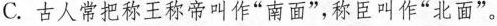
C.古人常把称王称帝叫作”南面”，称臣叫作”北面”。